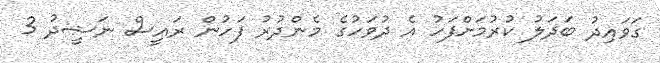
ގަވައިދު ބަދަލު ކުރުމަށްފަހު އެ ދުވަހުގެ މެންދުރު ފަހުން ރައީސް ނަޝީދު 3